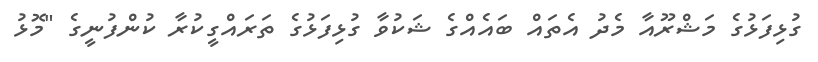
ގުޅިފަޅުގެ މަޝްރޫއާ މެދު އެތައް ބައެއްގެ ޝަކުވާ ގުޅިފަޅުގެ ތަރައްގީކުރާ ކުންފުނީގެ "މޮޅު